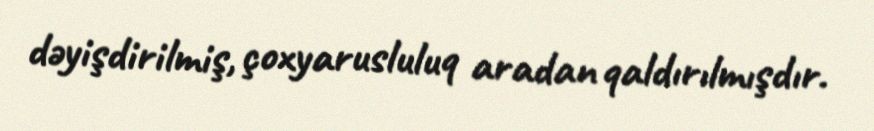
dəyişdirilmiş, çoxyarusluluq aradan qaldırılmışdır.